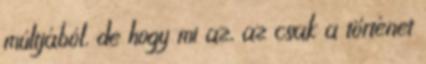
múltjából, de hogy mi az, az csak a történet